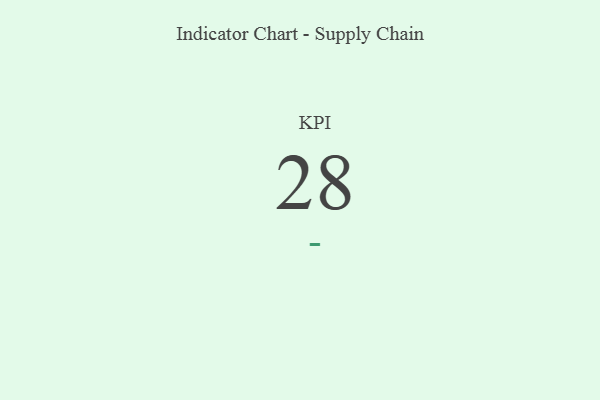
{"axis": {"x": "KPI", "y": "Value"}, "legend": [""], "data": [{"x": "KPI", "y": 28, "type": ""}]}